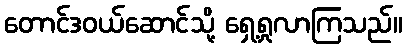
တောင်ဒဝယ်ဆောင်သို့ ရှေ့ရှုလာကြသည်။